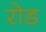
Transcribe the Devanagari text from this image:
रोड